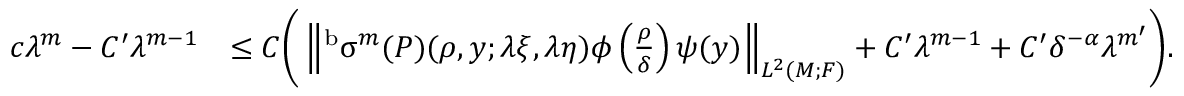
\begin{array} { r l } { c \lambda ^ { m } - C ^ { \prime } \lambda ^ { m - 1 } } & { \leq C \biggr ( \left\| ^ { \mathrm { b } } \upsigma ^ { m } ( P ) ( \rho , y ; \lambda \xi , \lambda \eta ) \phi \left( \frac { \rho } { \delta } \right) \psi ( y ) \right\| _ { L ^ { 2 } ( M ; F ) } + C ^ { \prime } \lambda ^ { m - 1 } + C ^ { \prime } \delta ^ { - \alpha } \lambda ^ { m ^ { \prime } } \biggr ) . } \end{array}